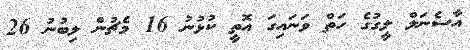
އާސެނަލް ލީގުގެ ހަތް ވަނައިގަ އޮތީ ކުޅުނު 16 މެޗުން ލިބުނު 26